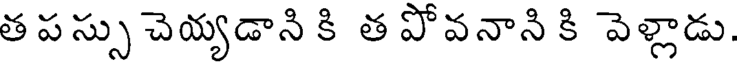
త పస్సు చెయ్యడాని కి త పోవనాని కి వెళ్లాడు.